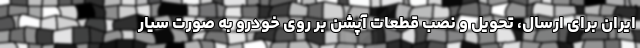
ایران برای ارسال،‌ تحویل و نصب قطعات آپشن بر روی خودرو به صورت سیار